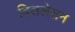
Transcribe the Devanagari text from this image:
विसलेसन